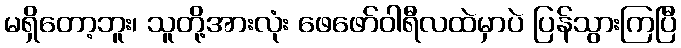
မရှိတော့ဘူး၊ သူတို့အားလုံး ဖေဖော်ဝါရီလထဲမှာပဲ ပြန်သွားကြပြီ